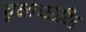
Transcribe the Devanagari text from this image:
वृक्षाच्छादित